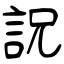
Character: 詋